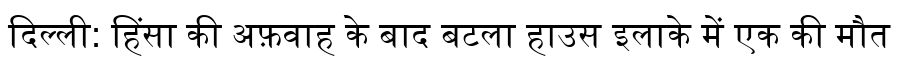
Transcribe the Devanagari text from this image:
दिल्ली: हिंसा की अफ़वाह के बाद बटला हाउस इलाके में एक की मौत